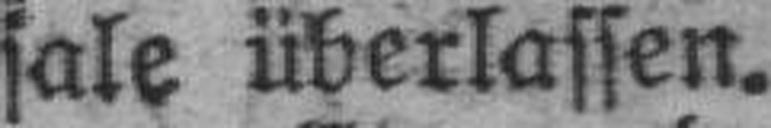
sale überlassen.